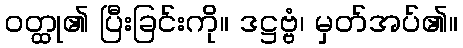
ဝတ္ထု၏ ပြီးခြင်းကို။ ဒဋ္ဌဗ္ဗံ၊ မှတ်အပ်၏။